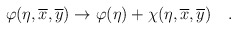
\begin{align*}\varphi(\eta,\overline{x}, \overline{y})\rightarrow \varphi(\eta) +\chi(\eta,\overline{x}, \overline{y})~~~.\end{align*}